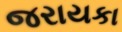
જરાયકા